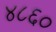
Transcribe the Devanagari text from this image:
४८६०